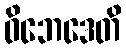
ဝိဘေဒေတိ